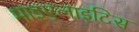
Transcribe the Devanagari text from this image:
माइएलाइटिस